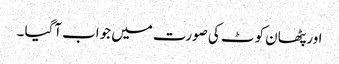
اور پٹھان کوٹ کی صورت میں جواب آگیا ۔